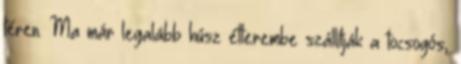
téren. Ma már legalább húsz étterembe szállítják a tocsogós,